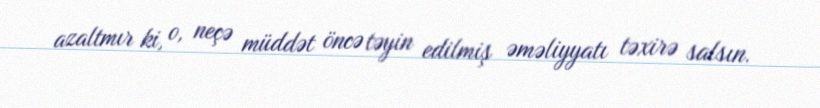
azaltmır ki, o, neçə müddət öncə təyin edilmiş əməliyyatı təxirə salsın.